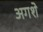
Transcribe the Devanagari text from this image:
अगशे